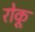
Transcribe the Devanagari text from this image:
रोकू